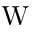
\mathrm { W }